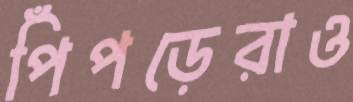
পিঁপড়েরাও